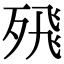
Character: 𭮖